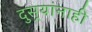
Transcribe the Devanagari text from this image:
दुसर्‍यांनाही